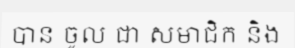
បាន ចូល ជា សមាជិក និង